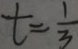
t = \frac { 1 } { 3 }